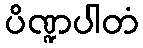
ပိဏ္ဍပါတံ